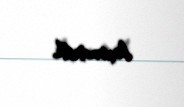
keçirmişdik.